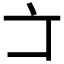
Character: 𠅁